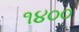
૧૪૦૦